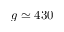
g \simeq 4 3 0